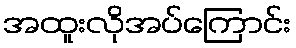
အထူးလိုအပ်ကြောင်း